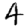
Digit: 4